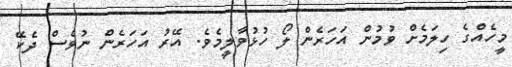
މީހެއްގެ ހިލަމެށް ވުމުން އަހަރެން ލޯ ހުޅުވާލީމެވެ. އޭރު އަހަރެން ނުވެސް ދެކޭ